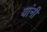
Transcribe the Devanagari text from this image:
यांनी